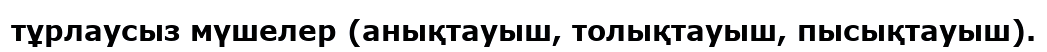
тұрлаусыз мүшелер (анықтауыш, толықтауыш, пысықтауыш).